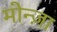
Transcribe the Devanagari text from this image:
मोन्ज़ा